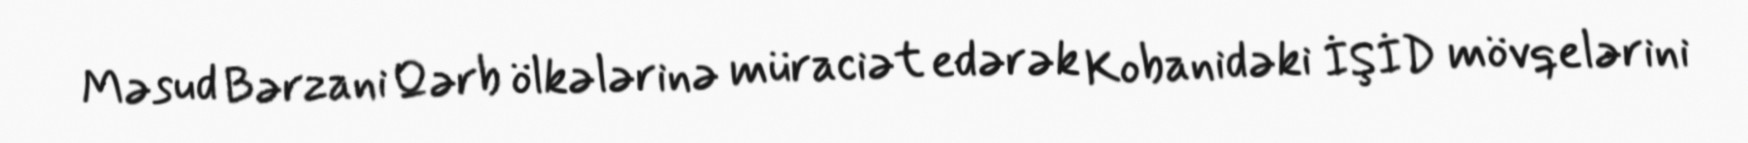
Məsud Bərzani Qərb ölkələrinə müraciət edərək Kobanidəki İŞİD mövqelərini